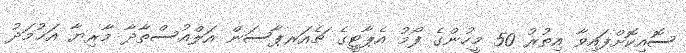
ސޮއިކޮށްފައިވާ އިތުރު 50 މީހުންގެ ފޯމު އެޕާޓީގެ ޗެއަރޕާސަން އަލްއުސްތާޛާ މާރިޔާ އަޙުމަދު